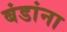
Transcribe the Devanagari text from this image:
बंडांना